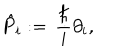
LaTeX: \hat { P } _ { i } : = \, { \frac { \hbar } { i } } \partial _ { i } ,